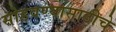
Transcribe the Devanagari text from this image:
सोडवण्यासाठीचे